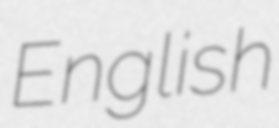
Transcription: English